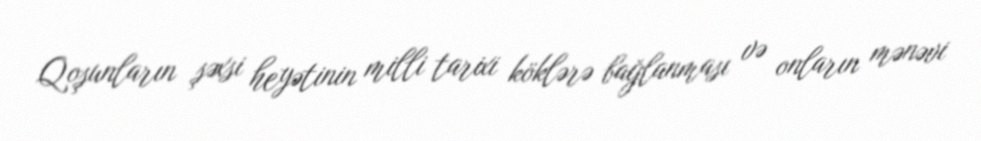
Qoşunların şəxsi heyətinin milli tarixi köklərə bağlanması və onların mənəvi